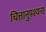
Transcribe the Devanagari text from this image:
चित्तानुपश्यना